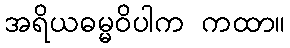
အရိယဓမ္မဝိပါက ကထာ။